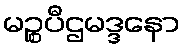
မဉ္စပီဌမဒ္ဒနော